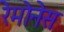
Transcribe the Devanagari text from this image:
रेमोनेस